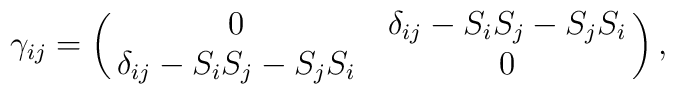
\gamma_{ij}=\pmatrix{0 & \delta_{ij}-S_i S_j- S_j S_i \cr\delta_{ij}-S_i S_j- S_j S_i & 0 \cr},